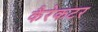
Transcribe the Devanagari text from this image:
कैरेकटर